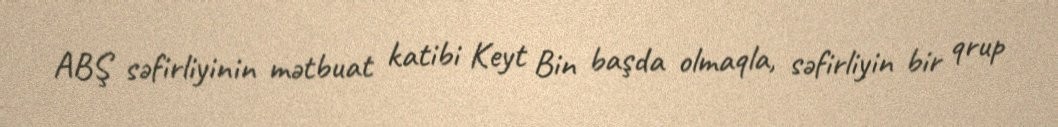
ABŞ səfirliyinin mətbuat katibi Keyt Bin başda olmaqla, səfirliyin bir qrup